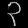
Digit: ၃